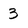
Character: 3